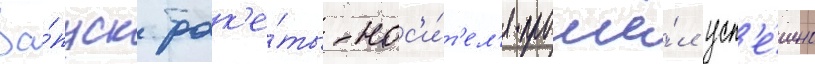
За́пуск рак'е́ты-нос'и́т'ел'я прошё́л усп'е́шно